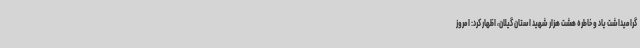
گرامیداشت یاد و خاطره هشت هزار شهید استان گیلان، اظهار کرد: امروز